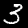
Digit: 3